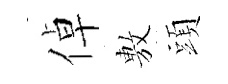
倬𢾾頭